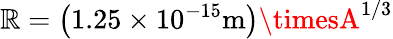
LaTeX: \mathbb{R}=\left(1.25\times10^{-15}\mathrm{{m}}\right)\timesA^{1/3}